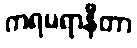
ကရမရာနီတာ